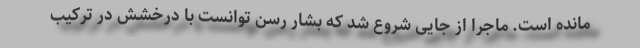
مانده است. ماجرا از جایی شروع شد که بشار رسن توانست با درخشش در ترکیب